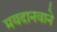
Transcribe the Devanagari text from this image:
मयदानवाने